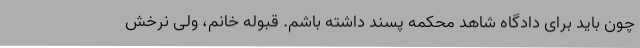
چون باید برای دادگاه شاهد محکمه پسند داشته باشم. قبوله خانم، ولی نرخش